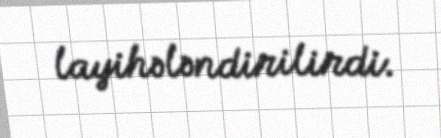
layihələndirilirdi.